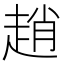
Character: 趙